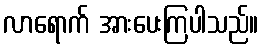
လာရောက် အားပေးကြပါသည်။